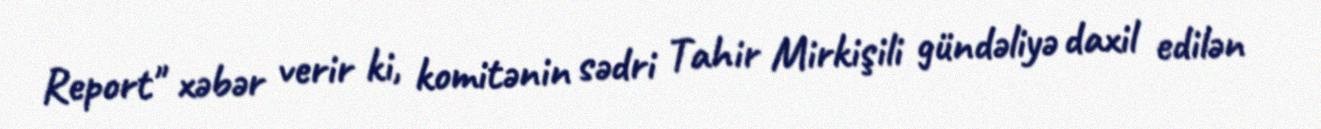
Report" xəbər verir ki, komitənin sədri Tahir Mirkişili gündəliyə daxil edilən